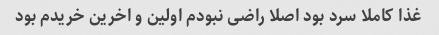
غذا کاملا سرد بود اصلا راضی نبودم اولین و اخرین خریدم بود